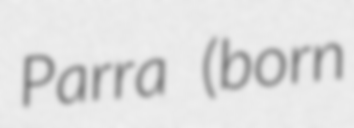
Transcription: Parra (born